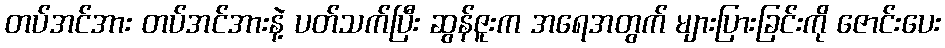
တပ်အင်အား တပ်အင်အားနဲ့ ပတ်သက်ပြီး ဆွန်ဇူးက အရေအတွက် များပြားခြင်းကို ဇောင်းပေး